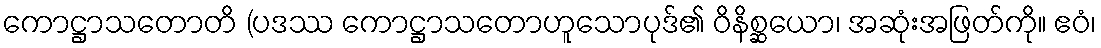
ကောဋ္ဌာသတောတိ (ပဒဿ ကောဋ္ဌာသတောဟူသောပုဒ်၏ ဝိနိစ္ဆယော၊ အဆုံးအဖြတ်ကို။ ဧဝံ၊